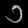
Digit: ၁